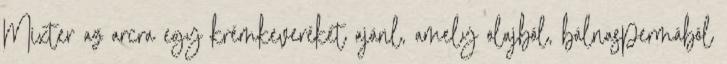
Mixter az arcra egy krémkeveréket ajánl, amely olajból, bálnaspermából